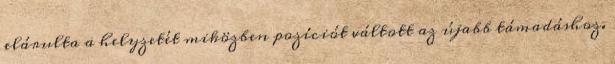
elárulta a helyzetét miközben pozíciót váltott az újabb támadáshoz.